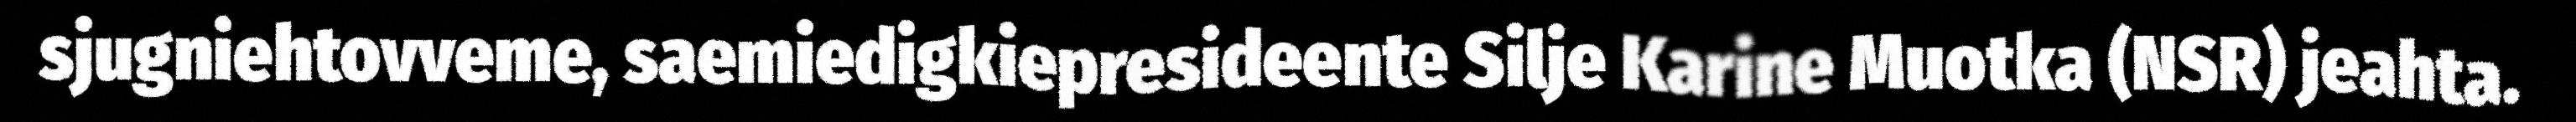
sjugniehtovveme, saemiedigkiepresideente Silje Karine Muotka (NSR) jeahta.